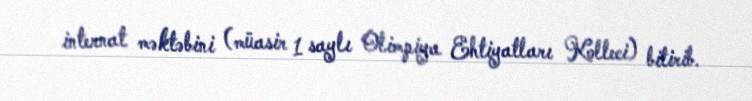
internat məktəbini (müasir 1 saylı Olimpiya Ehtiyatları Kolleci) bitirib.